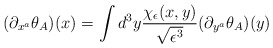
\begin{align*}(\partial_{x^a}\theta_A)(x)= \int d^3y \frac{\chi_{\epsilon}(x,y)}{\sqrt{\epsilon^3}} (\partial_{y^a}\theta_A)(y)\end{align*}